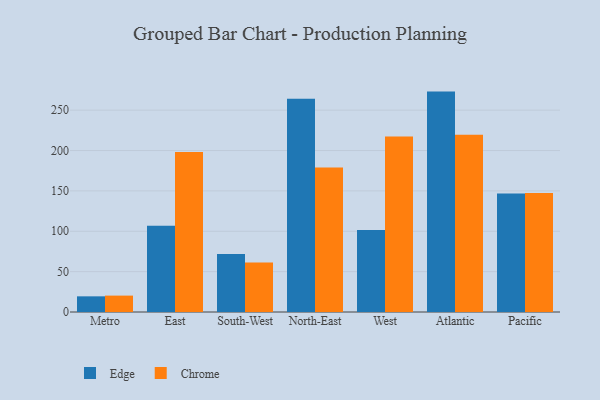
{"axis": {"x": "Region", "y": "Churn Rate (%)"}, "legend": ["Chrome", "Edge"], "data": [{"x": "Metro", "y": 19.4, "type": "Edge"}, {"x": "Metro", "y": 20.3, "type": "Chrome"}, {"x": "East", "y": 106.9, "type": "Edge"}, {"x": "East", "y": 198.3, "type": "Chrome"}, {"x": "South-West", "y": 71.7, "type": "Edge"}, {"x": "South-West", "y": 61.2, "type": "Chrome"}, {"x": "North-East", "y": 264.1, "type": "Edge"}, {"x": "North-East", "y": 179.1, "type": "Chrome"}, {"x": "West", "y": 101.6, "type": "Edge"}, {"x": "West", "y": 217.5, "type": "Chrome"}, {"x": "Atlantic", "y": 273.0, "type": "Edge"}, {"x": "Atlantic", "y": 219.6, "type": "Chrome"}, {"x": "Pacific", "y": 146.9, "type": "Edge"}, {"x": "Pacific", "y": 147.3, "type": "Chrome"}]}